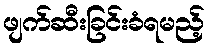
ဖျက်ဆီးခြင်းခံရမည့်